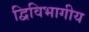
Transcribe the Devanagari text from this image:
द्विविभागीय